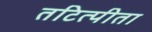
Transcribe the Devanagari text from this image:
तटित्पीता